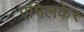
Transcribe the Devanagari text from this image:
एमिलकेर